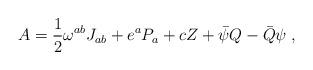
LaTeX: \begin{align*}A=\frac{1}{2}\omega ^{ab}J_{ab}+e^{a}P_{a}+cZ+\bar{\psi}Q-\bar{Q}\psi \;,\end{align*}